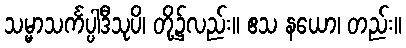
သမ္မာသင်္ကပ္ပါဒီသုပိ၊ တို့၌လည်း။ ဧသ နယော၊ တည်း။